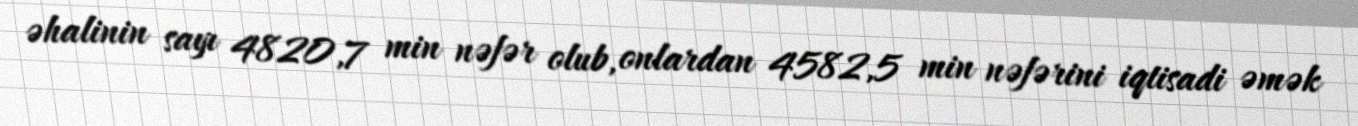
əhalinin sayı 4820,7 min nəfər olub, onlardan 4582,5 min nəfərini iqtisadi əmək